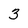
Character: 3